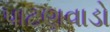
પાટણવાડો